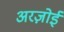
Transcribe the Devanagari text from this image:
अरज़ोई